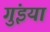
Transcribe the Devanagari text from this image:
गुंइयां